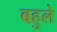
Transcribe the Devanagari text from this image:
बहुले